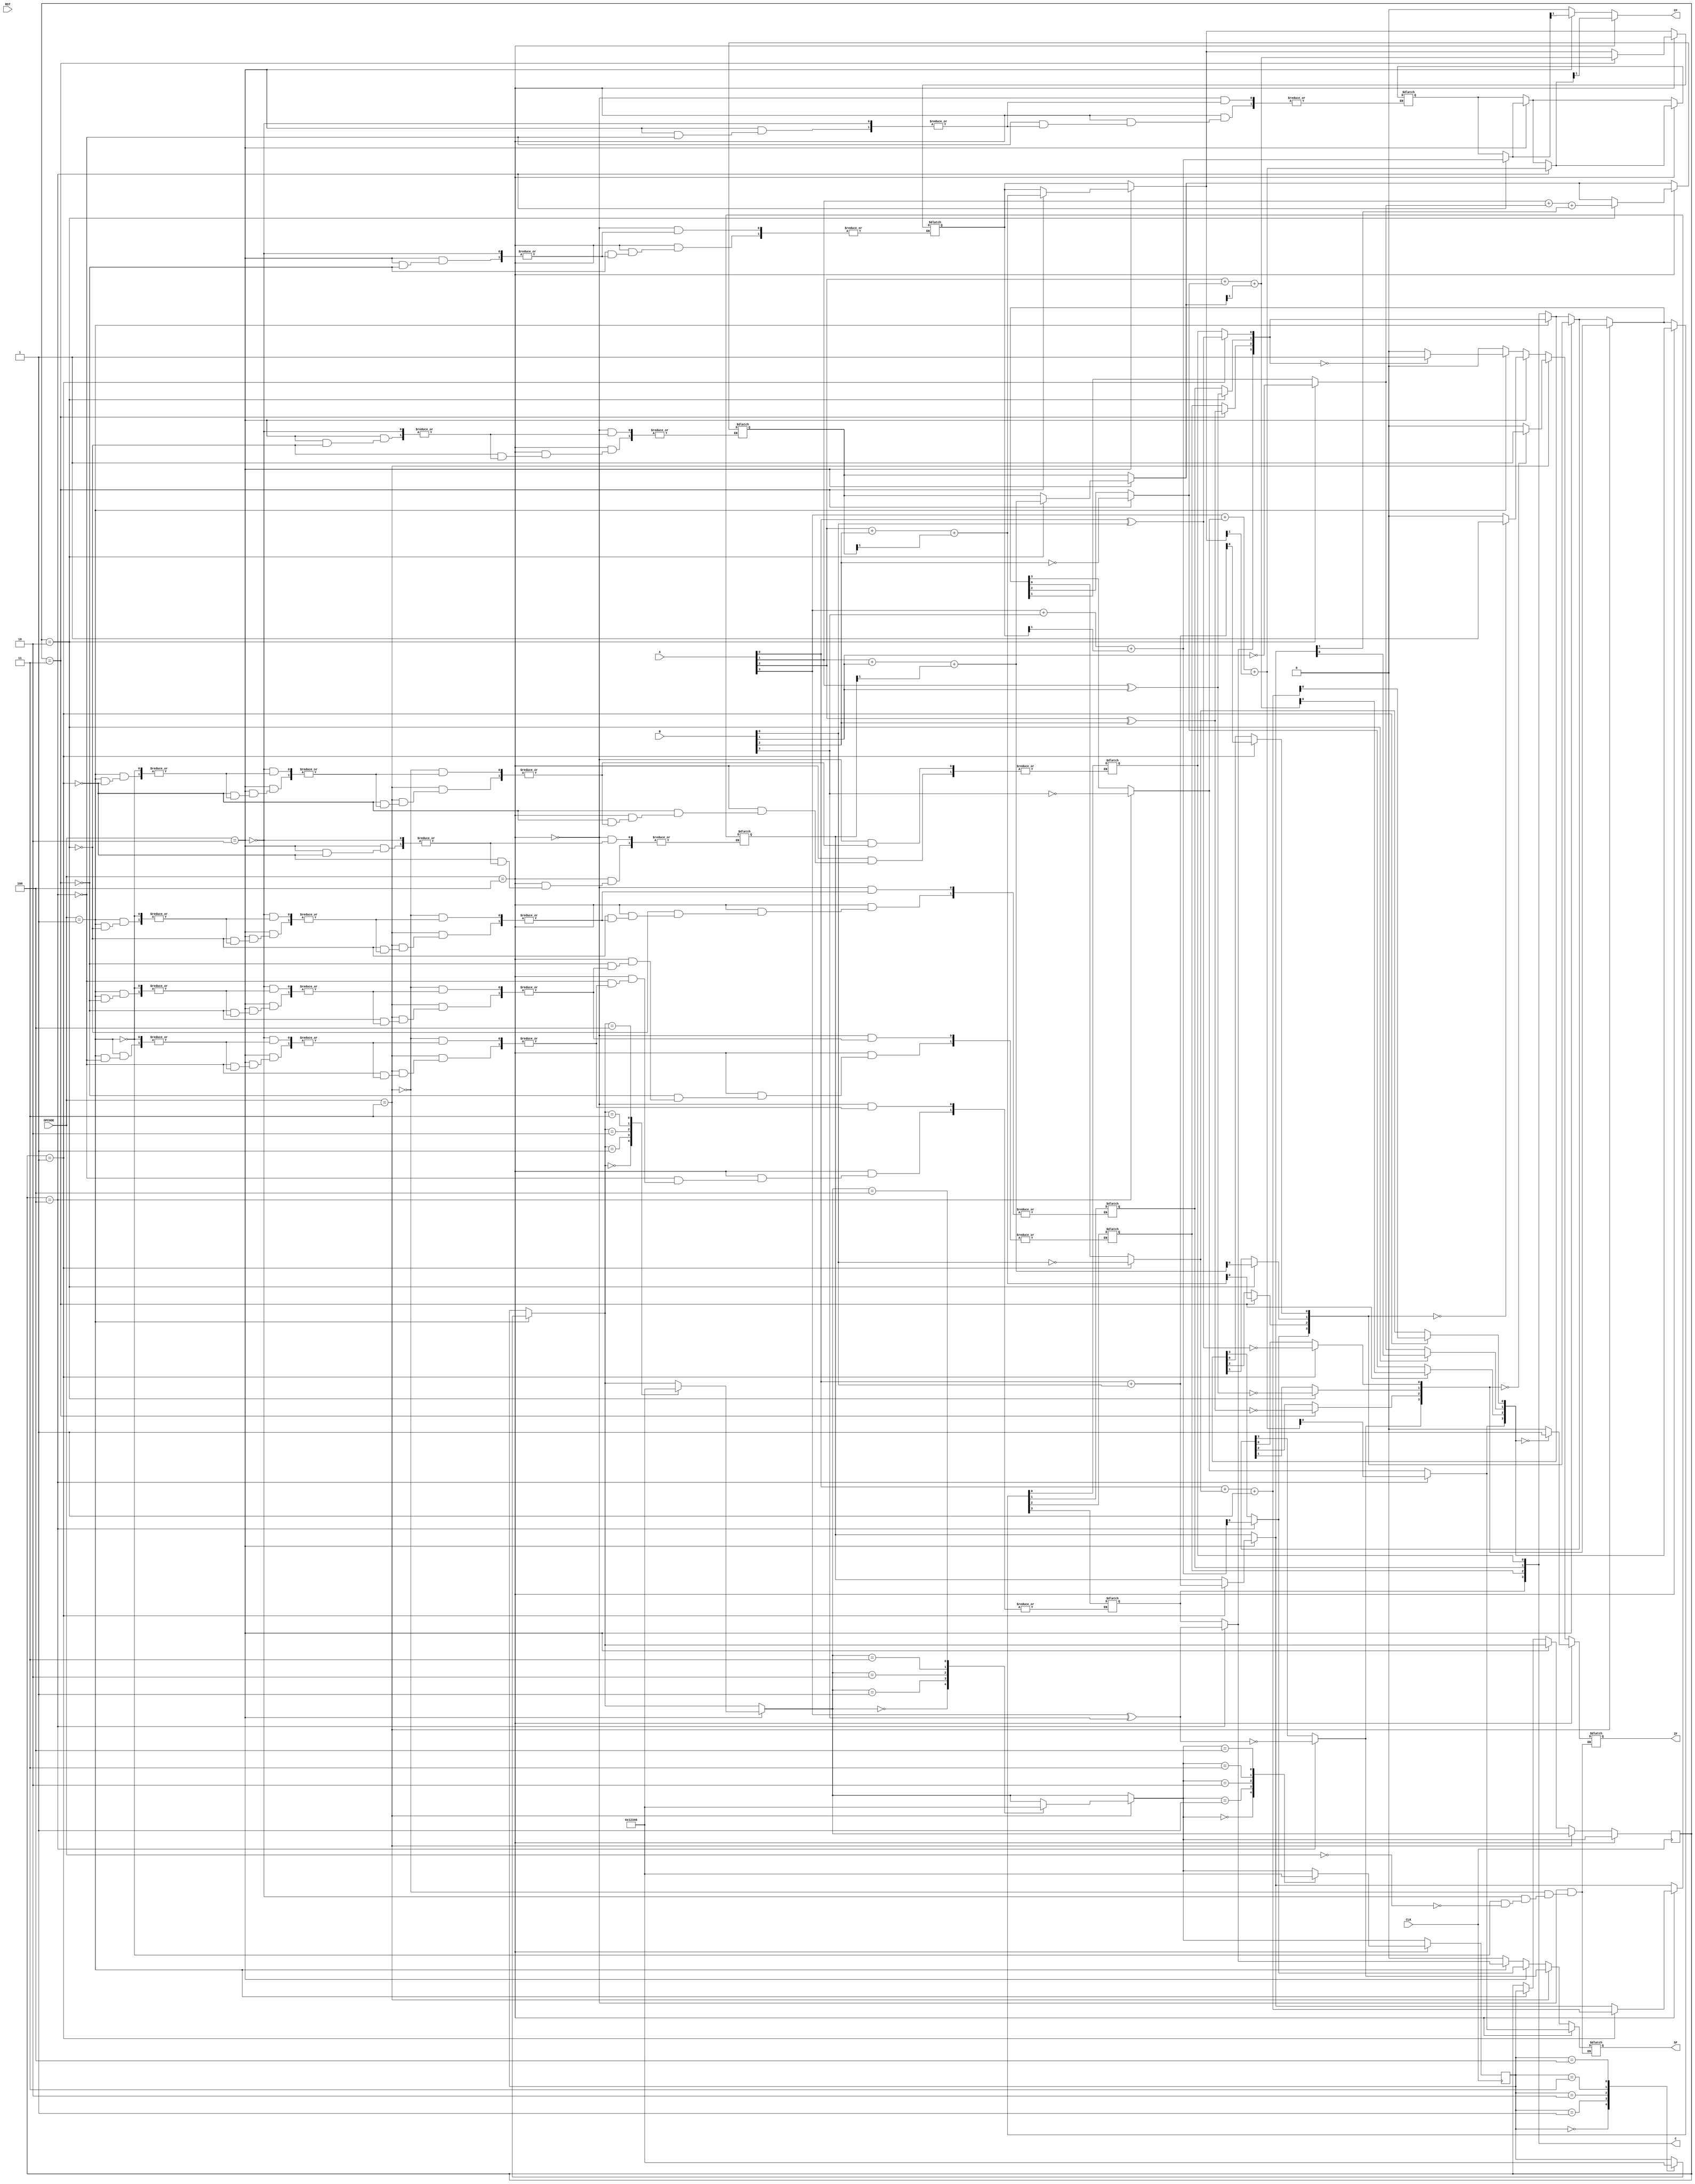
module ALU_PROJECT_GROUP5(A,B,OPCODE,CLK,RST,C,ZF,SF,CF);
    
    //input
	input [3:0] A,B;
	input [2:0] OPCODE;
	input CLK;
	input RST;
	
	
	
	//output
	output reg [3:0]C;
	output reg CF,SF,ZF;
	
	
	reg [3:0] current, next;
	reg [1:0] b1,b2,b3,b4;
	
	
	parameter xor_s0 = 3'b000, xor_s1=3'b001, xor_s2=3'b010, xor_s3=3'b011, xor_s4=3'b100;
	
	parameter add_s0 = 3'b000, add_s1=3'b001, add_s2=3'b010, add_s3=3'b011, add_s4=3'b100;
	
	parameter xnor_s0 = 3'b000, xnor_s1=3'b001, xnor_s2=3'b010, xnor_s3=3'b011, xnor_s4=3'b100;
	
	parameter sub_s0 = 3'b000, sub_s1=3'b001, sub_s2=3'b010, sub_s3=3'b011, sub_s4=3'b100;
	
	
	
	always @(posedge CLK)begin
	
	//xor
	   if (OPCODE == 3'b001)begin
			current = next;
			case(current)
				xor_s0: next = xor_s1;
				xor_s1: next = xor_s2;
				xor_s2: next = xor_s3;
				xor_s3: next = xor_s4;
				xor_s4: next = xor_s0;
			endcase
		end
	//add
	    if (OPCODE == 3'b010)begin
			current = next;
			case(current)
				add_s0: next = add_s1;
				add_s1: next = add_s2;
				add_s2: next = add_s3;
				add_s3: next = add_s4;
				add_s4: next = add_s0;
					
			endcase
		end
	//xnor	
		if (OPCODE == 3'b011)begin
			current = next;
			case(current)
				xnor_s0: next = xnor_s1;
				xnor_s1: next = xnor_s2;
				xnor_s2: next = xnor_s3;
				xnor_s3: next = xnor_s4;
				xnor_s4: next = xnor_s0;
					
			endcase
		end
	//sub	
		if (OPCODE == 3'b100)begin
			current = next;
			case(current)
				sub_s0: next = sub_s1;
				sub_s1: next = sub_s2;
				sub_s2: next = sub_s3;
				sub_s3: next = sub_s4;
				sub_s4: next = sub_s0;
					
			endcase
		end
	
	end
		
	always @(current)begin
	CF = 0;
    //reset
	if (OPCODE == 3'b000)begin
					
		 C[0]= C[0];
		 C[1]= C[1];  
	     C[2]= C[2];
		 C[3]= C[3];	
		 
		 SF = 0;
		 ZF = 0;			
	end
	
	//xor
	if (OPCODE == 3'b001)begin
		case(current)			
			xor_s1: C[0]= A[0]^B[0];
			xor_s2: C[1]= A[1]^B[1];  
			xor_s3: C[2]= A[2]^B[2];
			xor_s4: C[3]= A[3]^B[3];	
		endcase				
		
		SF = C[3];
		if (C == 4'b0000)
			ZF = 1;
		else
			ZF = 0;
	end
	
	//add
	
	if (OPCODE == 3'b010)begin
		case(current)
			add_s1:begin
				b1=A[0]+B[0];
				C[0]=b1[0];
			end
			add_s2:begin
				b2=A[1]+B[1]+b1[1];
				C[1]=b2[0];
			end
			add_s3:begin
				b3=A[2]+B[2]+b2[1];
				C[2]=b3[0];
			end
			add_s4:begin
				b4=A[3]+B[3]+b3[1];
				C[3]=b4[0];
			end
		endcase
		CF = b4[1];
		SF = C[3];
		if (C == 4'b0000)begin
			ZF = 1;
		end
		else
			ZF = 0;
	 end
	
	
	
	//xnor
	
	if (OPCODE == 3'b011)begin
		case(current)
			xnor_s1: C[0]= ~(A[0] ^ B[0]);
			xnor_s2: C[1]= ~(A[1] ^ B[1]);
			xnor_s3: C[2]= ~(A[2] ^ B[2]);
			xnor_s4: C[3]= ~(A[3] ^ B[3]);
		endcase	
		SF = C[3];
		if (C == 4'b0000)
			ZF = 1;
		else
			ZF = 0;
	end
	
	//sub
	if (OPCODE == 3'b100)begin
		case(current)
			sub_s1: C[0] = 0~^B[0];
			sub_s2: C[1] = 0~^B[1];
			sub_s3: C[2] = 0~^B[2];
			sub_s4:	C[3] = 0~^B[3];
		endcase
		
		case(current)
			sub_s1:begin
				b1=A[0]+C[0]+1;
				C[0]=b1[0];
			end
			sub_s2:begin
				b2=A[1]+C[1]+b1[1];
				C[1]=b1[0];
			end
			sub_s3:begin
				b3=A[2]+C[2]+b2[1];
				C[2]=b3[0];
			end
			sub_s4:begin
				b4=A[3]+C[3]+b3[1];
				C[3]=b4[0];
			end
		endcase
		
		CF = b4[1];
		SF = C[3];
		if (C== 4'b0000)
			ZF = 1;
		else		
			ZF = 0;
	end
	end
	endmodule